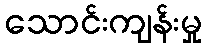
သောင်းကျန်းမှု